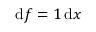
{ \mathrm { d } } f = 1 \, { \mathrm { d } } x